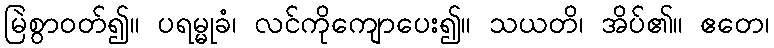
မြဲစွာဝတ်၍။ ပရမ္မုခံ၊ လင်ကိုကျောပေး၍။ သယတိ၊ အိပ်၏။ ဧတေ၊